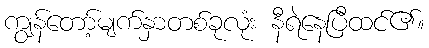
ကျွန်တော့်မျက်နှာတစ်ခုလုံး နီရဲနေပြီထင်၏။